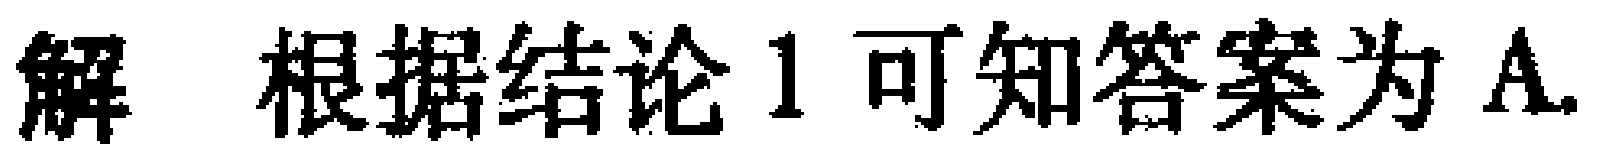
解 根据结论1可知答案为A.